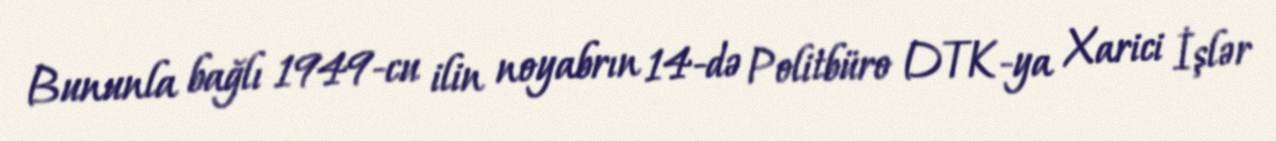
Bununla bağlı 1949-cu ilin noyabrın 14-də Politbüro DTK-ya Xarici İşlər